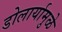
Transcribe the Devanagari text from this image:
डोलार्यामुळे